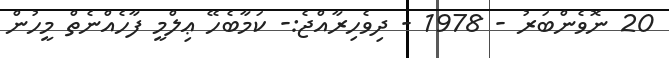
20 ނޮވެންބަރު - 1978 - ދިވެހިރާއްޖެ:- ކަމާބެހޭ ޢިލްމީ ފާހެއްނެތް މީހުން